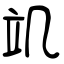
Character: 竌